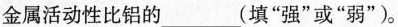
金属活动性比铝的___(填”强”或”弱”)。